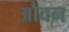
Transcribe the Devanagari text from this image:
औवन